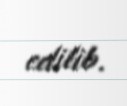
edilib.